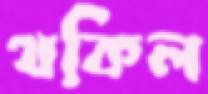
থকিল